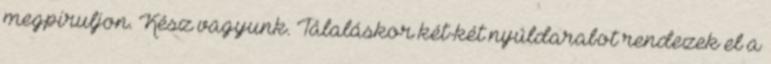
megpiruljon. Kész vagyunk. Tálaláskor két-két nyúldarabot rendezek el a